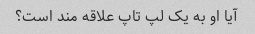
آیا او به یک لپ تاپ علاقه مند است؟